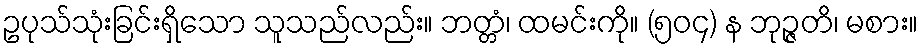
ဥပုသ်သုံးခြင်းရှိသော သူသည်လည်း။ ဘတ္တံ၊ ထမင်းကို။ (၅၀၄) န ဘုဉ္ဇတိ၊ မစား။